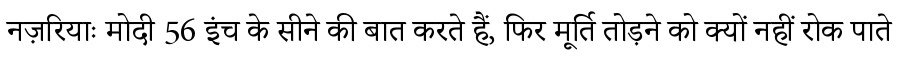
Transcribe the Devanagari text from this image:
नज़रियाः मोदी 56 इंच के सीने की बात करते हैं, फिर मूर्ति तोड़ने को क्यों नहीं रोक पाते